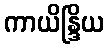
ကာယိန္ဒြိယ